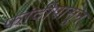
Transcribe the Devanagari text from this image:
फांदीपासून